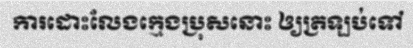
ការដោះលែងក្មេងប្រុសនោះ ឲ្យត្រឡប់ទៅ